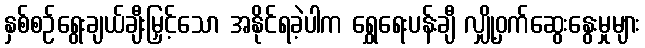
နှစ်စဉ်ရွေးချယ်ချီးမြှင့်သော အနိုင်ရခဲ့ပါက ရွှေရေးပန်းချီ လျှို့ဝှက်ဆွေးနွေးမှုများ